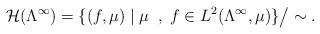
LaTeX: \begin{align*}\mathcal{H}(\Lambda^\infty)=\{(f,\mu)\mid \mu\;\;,\; f\in L^2(\Lambda^\infty,\mu)\}\big/\sim.\end{align*}